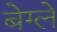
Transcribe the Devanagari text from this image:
बेग्ले